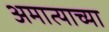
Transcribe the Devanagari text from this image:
अमात्याच्या